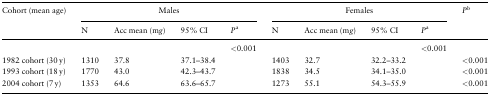
<table><thead><tr><td rowspan="2"><b>Cohort (mean age)</b></td><td colspan="4"><b>Males</b></td><td colspan="4"><b>Females</b></td><td rowspan="2"><b><i>P</i><sup>b</sup></b></td></tr><tr><td><b>N</b></td><td><b>Acc mean (m<i>g</i>)</b></td><td><b>95% CI</b></td><td><b><i>P</i><sup>a</sup></b></td><td><b>N</b></td><td><b>Acc mean (m<i>g</i>)</b></td><td><b>95% CI</b></td><td><b><i>P</i><sup>a</sup></b></td></tr></thead><tbody><tr><td></td><td></td><td></td><td></td><td>&lt;0.001</td><td></td><td></td><td></td><td>&lt;0.001</td><td></td></tr><tr><td>1982 cohort (30 y)</td><td>1310</td><td>37.8</td><td>37.1–38.4</td><td></td><td>1403</td><td>32.7</td><td>32.2–33.2</td><td></td><td>&lt;0.001</td></tr><tr><td>1993 cohort (18 y)</td><td>1770</td><td>43.0</td><td>42.3–43.7</td><td></td><td>1838</td><td>34.5</td><td>34.1–35.0</td><td></td><td>&lt;0.001</td></tr><tr><td>2004 cohort (7 y)</td><td>1353</td><td>64.6</td><td>63.6–65.7</td><td></td><td>1273</td><td>55.1</td><td>54.3–55.9</td><td></td><td>&lt;0.001</td></tr></tbody></table>